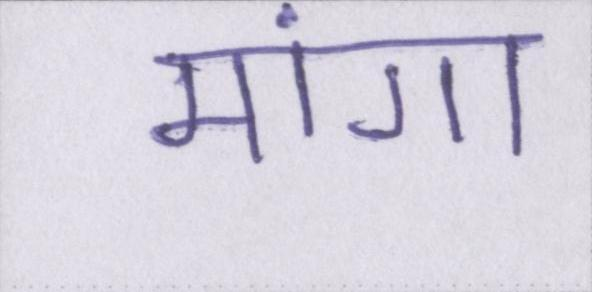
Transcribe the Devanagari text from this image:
मांगा